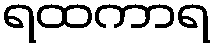
ရထကာရ